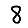
Digit: 8